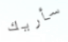
سأريك